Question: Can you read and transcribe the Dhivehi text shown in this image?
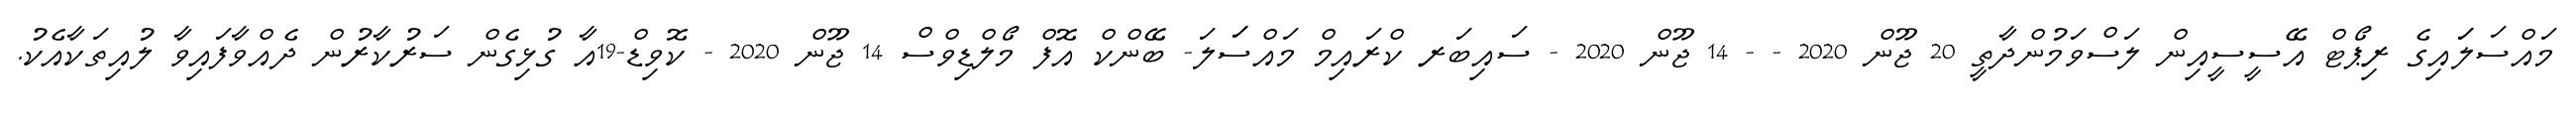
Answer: މައްސަލަައިގެ ރިޕޯޓް އޭސީސީއިން ލަސްވަމުންދާތީ 20 ޖޫން 2020 - - 14 ޖޫން 2020 - ސައިބަރ ކްރައިމް މައްސަަލަ- ބޭންކް އޮފް މޯލްޑިވްސް 14 ޖޫން 2020 - ކޮވިޑް-19އާ ގުޅިގެން ސަރުކާރުން ދެއްވާފައިވާ ލުއިތަކާއެކު.